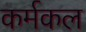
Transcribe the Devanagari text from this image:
कर्मकल